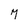
Character: 7